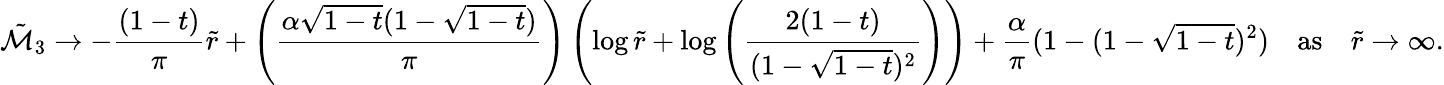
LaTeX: \tilde{\mathcal{M}}_{3}\rightarrow-\frac{(1-t)}{\pi}\tilde{r}+\left(\frac{\alpha\sqrt{1-t}(1-\sqrt{1-t})}{\pi}\right)\left(\log{\tilde{r}}+\log\left(\frac{2(1-t)}{(1-\sqrt{1-t})^{2}}\right)\right)+\frac{\alpha}{\pi}(1-(1-\sqrt{1-t})^{2})\quad\mathrm{as}\quad\tilde{r}\rightarrow\infty.